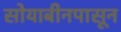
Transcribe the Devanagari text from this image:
सोयाबीनपासून